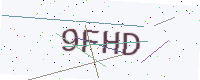
Text: 9FHD